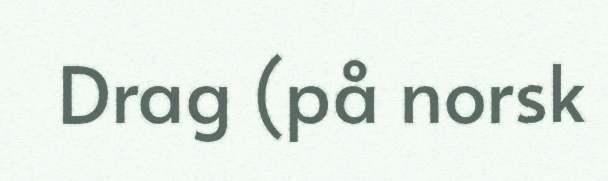
Drag (på norsk